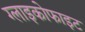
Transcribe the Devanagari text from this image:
ग्लाइकोफाइट